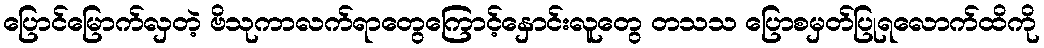
ပြောင်မြောက်လှတဲ့ ဗိသုကာလက်ရာတွေကြောင့်နှောင်းလူတွေ တသသ ပြောစမှတ်ပြုရလောက်ထိကို